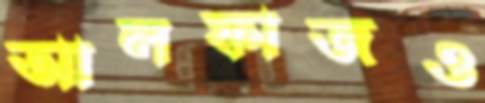
আলফাজও